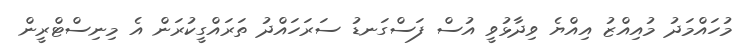
މުހައްމަދު މުއިއްޒު އިއްޔެ ވިދާޅުވީ އުސް ފަސްގަނޑު ސަރަހައްދު ތަރައްގީކުރަން އެ މިނިސްޓްރީން